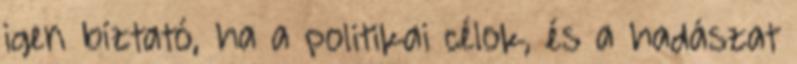
igen bíztató, ha a politikai célok, és a hadászat